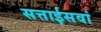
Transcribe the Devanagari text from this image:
सत्ताईसवां